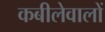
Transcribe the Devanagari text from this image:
कबीलेवालों